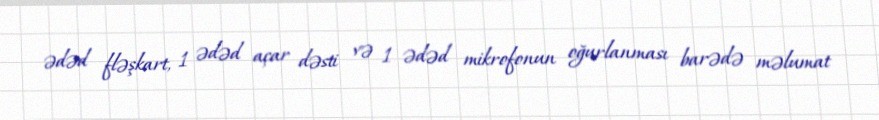
ədəd fləşkart, 1 ədəd açar dəsti və 1 ədəd mikrofonun oğurlanması barədə məlumat